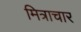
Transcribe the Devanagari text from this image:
मित्राचार